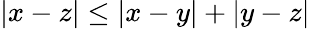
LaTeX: |x-z|\leq|x-y|+|y-z|